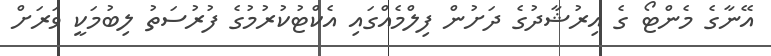
އޭނާގެ މެންޓޯ ގެ އިރުޝާދުގެ ދަށުން ފިލްމެއްގައި އެކްޓުކުރުމުގެ ފުރުސަތު ލިބުމަކީ ވަރަށް